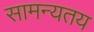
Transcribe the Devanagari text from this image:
सामन्यतय